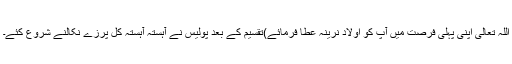
اللہ تعالیٰ اپنی پہلی فرصت میں آپ کو اولاد نرینہ عطا فرمائے)تقسیم کے بعد پولیس نے آہستہ آہستہ کل پُرزے نکالنے شروع کئے۔